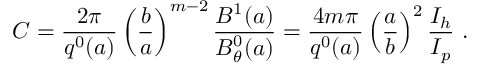
C = \frac { 2 \pi } { q ^ { 0 } ( a ) } \left( \frac { b } { a } \right) ^ { m - 2 } \frac { B ^ { 1 } ( a ) } { B _ { \theta } ^ { 0 } ( a ) } = \frac { 4 m \pi } { q ^ { 0 } ( a ) } \left( \frac { a } { b } \right) ^ { 2 } \frac { I _ { h } } { I _ { p } } ~ .